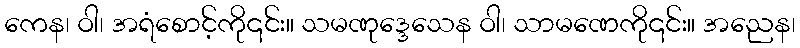
ကေန၊ ဝါ၊ အရံစောင့်ကို၎င်း။ သမဏုဒ္ဒေသေန ဝါ၊ သာမဏေကို၎င်း။ အညေန၊